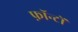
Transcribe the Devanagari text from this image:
फ़ॉन्टों